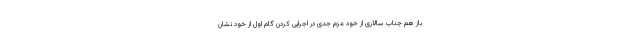
باز هم جناب سالاری از خود عزم جدی در اجرایی کردن گام اول از خود نشان